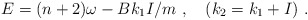
\begin{align*}E = (n+2)\omega - {B} k_1 I/m\ ,\quad (k_2 = k_1 + I)\ .\end{align*}